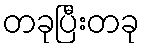
တခုပြီးတခု